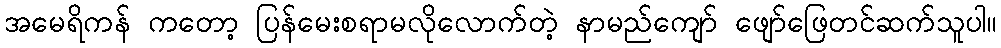
အမေရိကန် ကတော့ ပြန်မေးစရာမလိုလောက်တဲ့ နာမည်ကျော် ဖျော်ဖြေတင်ဆက်သူပါ။